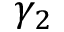
\gamma _ { 2 }